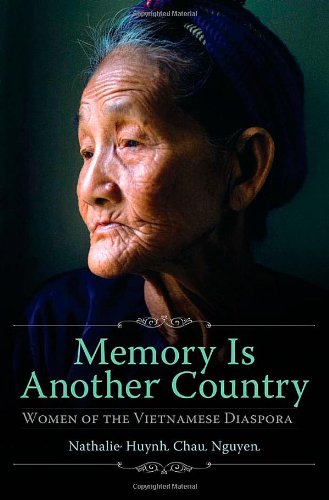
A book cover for Memory Is Another Country: Women of the Vietnamese Diaspora; Nathalie Huynh Chau Nguyen; Biographies & Memoirs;